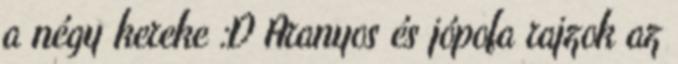
a négy kereke :D Aranyos és jópofa rajzok az